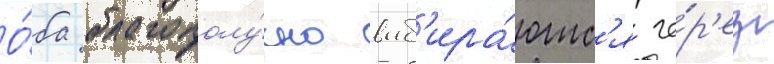
О́ба благополу́чно выб'ира́ютс'я че́р'ез